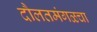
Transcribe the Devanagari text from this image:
दौलतमंगळचा